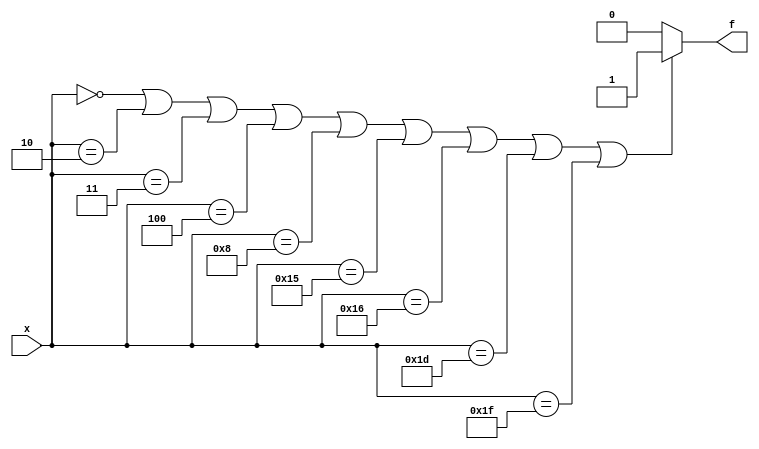
module sop(input [4:0]x, output reg f);
    always @(*) begin
    if(x == 0 || x == 2 || x == 3 || x == 4 || x == 8 || x == 21 || x == 22 || x == 29 || x == 31)
        f = 1;
    else
        f = 0;
    end
endmodule